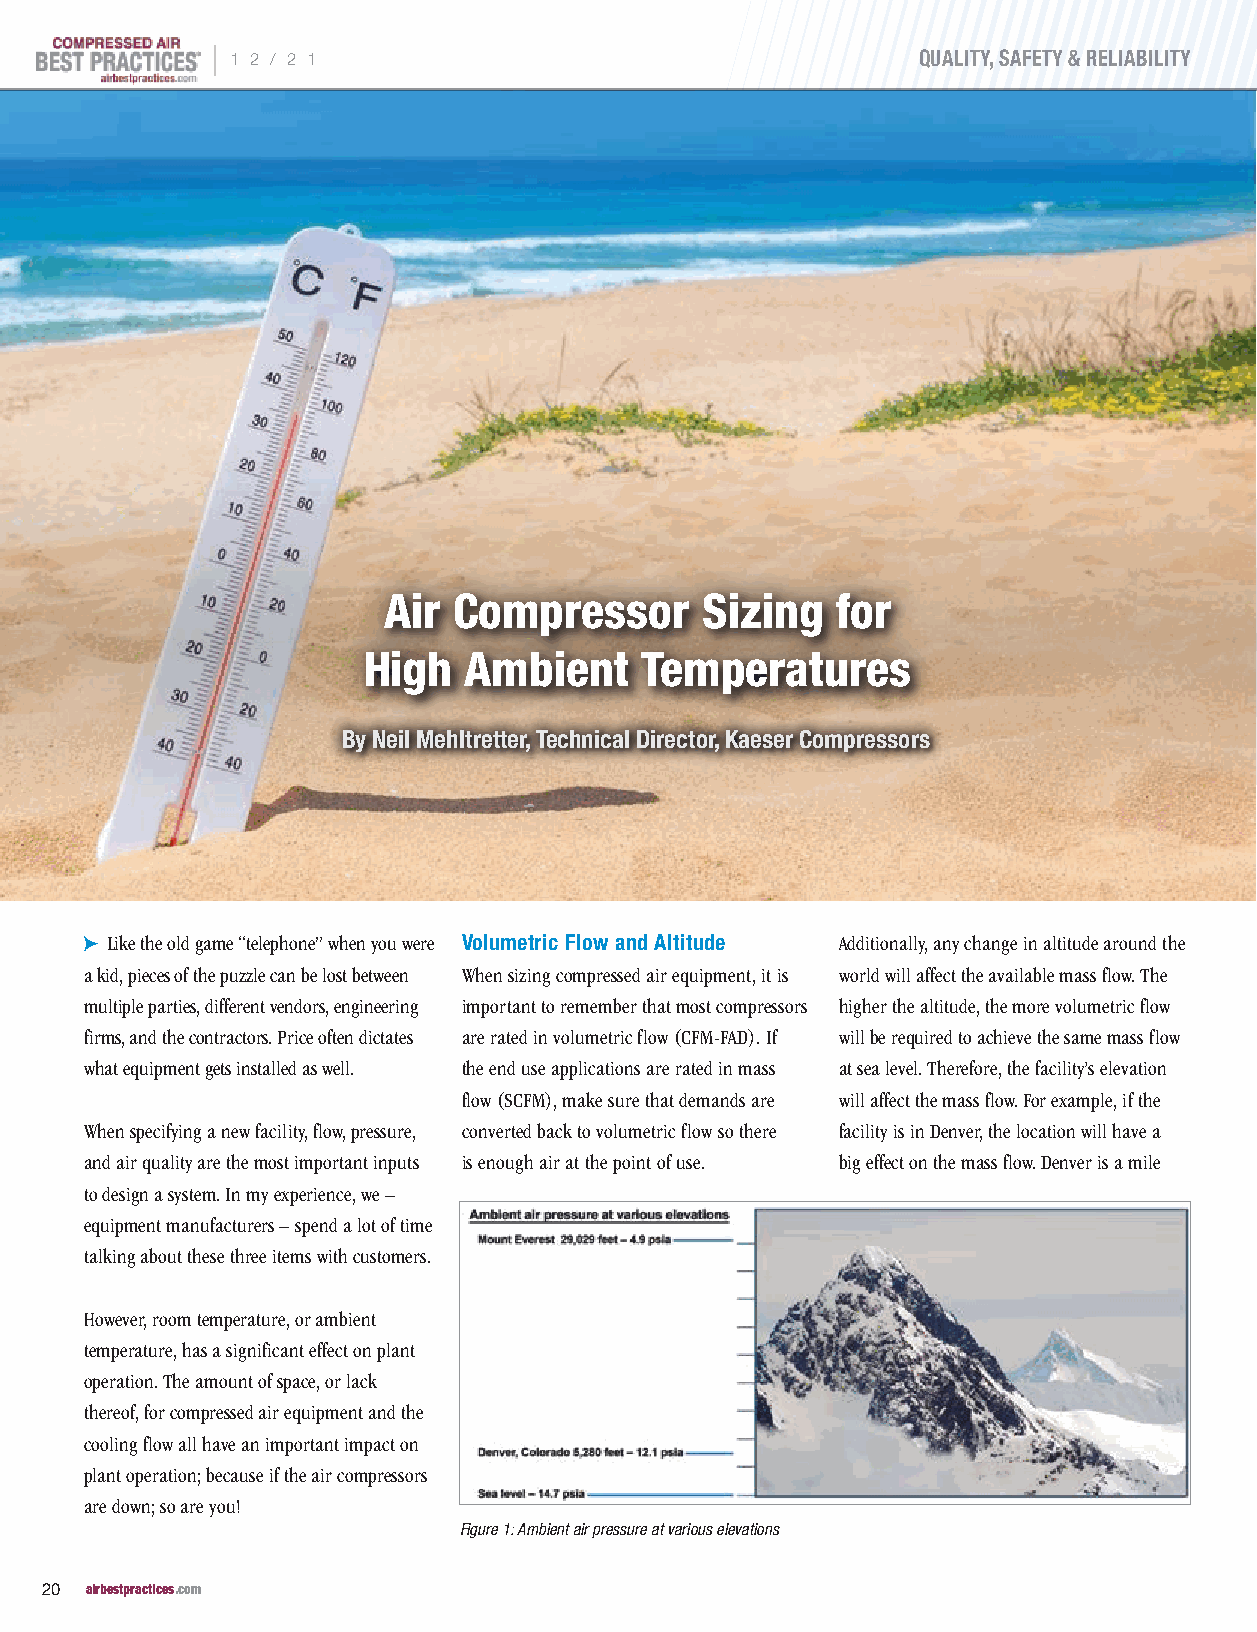
|
 1 2 / 2 1                                     QUALITY, SAFETY & RELIABILITY
 Air  Compressor      Sizing   for
 High   Ambient    Temperatures
 By Neil Mehltretter, Technical Director, Kaeser Compressors
 c Like the old game “telephone” when you were Volumetric Flow and Altitude Additionally, any change in altitude around the
 a kid, pieces of the puzzle can be lost between When sizing compressed air equipment, it is world will affect the available mass flow. The
 multiple parties, different vendors, engineering important to remember that most compressors higher the altitude, the more volumetric flow
 firms, and the contractors. Price often dictates are rated in volumetric flow (CFM-FAD). If will be required to achieve the same mass flow
 what equipment gets installed as well. the end use applications are rated in mass at sea level. Therefore, the facility’s elevation
 flow (SCFM), make sure that demands are will affect the mass flow. For example, if the
 When specifying a new facility, flow, pressure, converted back to volumetric flow so there facility is in Denver, the location will have a
 and air quality are the most important inputs is enough air at the point of use. big effect on the mass flow. Denver is a mile
 to design a system. In my experience, we –
 equipment manufacturers – spend a lot of time
 talking about these three items with customers.
 However, room temperature, or ambient
 temperature, has a significant effect on plant
 operation. The amount of space, or lack
 thereof, for compressed air equipment and the
 cooling flow all have an important impact on
 plant operation; because if the air compressors
 are down; so are you!
 Figure 1: Ambient air pressure at various elevations
 20 airbestpractices.com